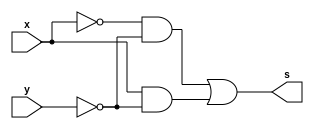
// ---------------------
// TRUTH TABLE
// Nome: marcos antonio lommez Candido Ribeiro
// 27/08/2022
// ---------------------
// ---------------------
// -- expression f(x,y) = 1 0 1 0
// ---------------------

module SoP (output s, input x, y); // mintermos
    assign s = (~x & ~y) | // m0
               ( x & ~y) ; // m2
endmodule // SoP

module PoS (output S, input X, Y); // maxtermos
    assign S = (X  | ~Y) & // M1
               (~X | ~Y) ; // M3
endmodule // PoS

// ---------------------
// -- test_module
// ---------------------
module test_module;
    reg x, y;
    wire s1, s2;

    // instancias
    SoP SOP1 (s1, x, y);
    PoS POS1 (s2, x, y);
    
    // valores iniciais
    initial 
        begin: start
            x=1'bx; // indefinidos
            y=1'bx; // indefinidos
        end

    // parte principal
    initial 
        begin: main
            // identificacao
            $display("Ex05b - Marcos Antonio Lommez - 771157");
            $display(" f(x,y) = 1 0 1 0 ");

            // monitoramento
            $display(" x | y ->   SoP  PoS");
            $monitor("%2b |%2b =    %2b   %2b", x, y, s1, s2);
            
            // sinalizacao
            #1 x=0; y=0;
            #1 x=0; y=1;
            #1 x=1; y=0;
            #1 x=1; y=1;
        end
endmodule // test_module